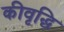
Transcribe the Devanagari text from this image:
कीवृद्धि